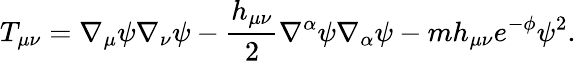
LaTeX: T_{\mu\nu}=\nabla_{\mu}\psi\nabla_{\nu}\psi-\frac{h_{\mu\nu}}{2}\nabla^{\alpha}\psi\nabla_{\alpha}\psi-mh_{\mu\nu}e^{-\phi}\psi^{2}.